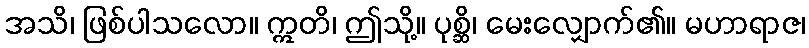
အသိ၊ ဖြစ်ပါသလော။ ဣတိ၊ ဤသို့။ ပုစ္ဆိ၊ မေးလျှောက်၏။ မဟာရာဇ၊